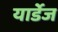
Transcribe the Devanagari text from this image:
यार्डेज